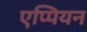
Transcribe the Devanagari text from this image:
एप्पियन